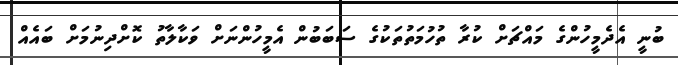
ބުނީ އެެދެމީހުންގެ މައްޗަށް ކުރާ ތުހުމަތުތަކުގެ ސަބަބުން އެމީހުންނަށް ވަކާލާތު ކޮށްދިނުމަށް ބައެއް